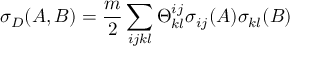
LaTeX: \sigma _ { D } ( A , B ) = \frac { m } { 2 } \sum _ { i j k l } \Theta _ { k l } ^ { i j } \sigma _ { i j } ( A ) \sigma _ { k l } ( B )